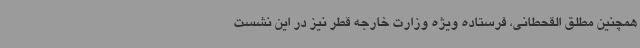
همچنین مطلق القحطانی، فرستاده ویژه وزارت خارجه قطر نیز در این نشست